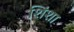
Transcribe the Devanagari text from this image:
शिंशा